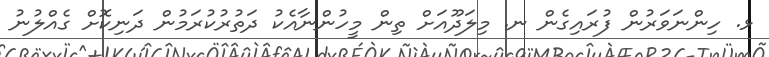
ޅ. ހިންނަވަރުން ފުރައިގެން ނ. މިލަދޫއަށް ތިން މީހުންނާއެކު ދަތުރުކުރަމުން ދަނިކޮށް ގެއްލުނު